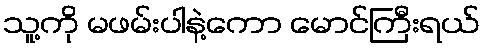
သူ့ကို မဖမ်းပါနဲ့ကော မောင်ကြီးရယ်